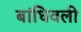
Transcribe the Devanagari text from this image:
बांधिवली